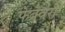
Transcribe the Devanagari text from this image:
फेब्रेवरी